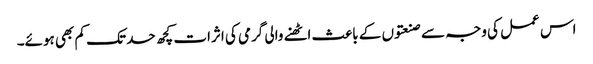
اس عمل کی وجہ سے صنعتوں کے باعث اٹھنے والی گرمی کی اثرات کچھ حد تک کم بھی ہوئے۔